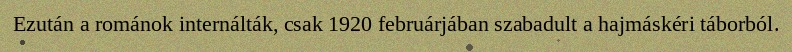
Ezután a románok internálták, csak 1920 februárjában szabadult a hajmáskéri táborból.